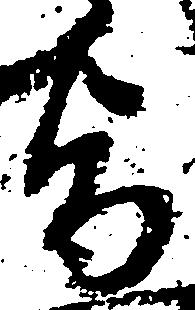
旨